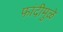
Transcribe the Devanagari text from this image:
फांदीमुळे